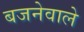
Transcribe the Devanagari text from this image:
बजनेवाले